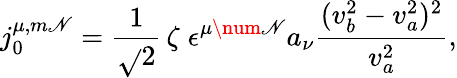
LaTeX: j_{0}^{\mu,m\mathscr{N}}=\frac{{1}}{{\sqrt{}{{2}}}}\, \zeta\; \epsilon^{\mu\num\mathscr{N}}a_{\nu}\frac{{(v_{b}^{2}-v_{a}^{2})^{2}}}{{v_{a}^{2}}},